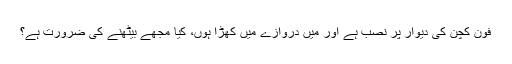
فون کچن کی دیوار پر نصب ہے اور میں دروازے میں کھڑا ہوں، کیا مجھے بیٹھنے کی ضرورت ہے؟